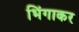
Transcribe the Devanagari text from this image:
भिंगाकर